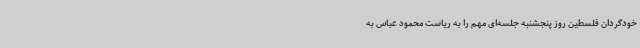
خودگردان فلسطین روز پنجشنبه جلسه‌ای مهم را به ریاست محمود عباس به